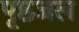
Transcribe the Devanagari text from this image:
पृष्ठजल